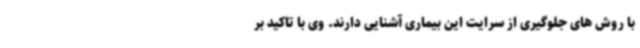
با روش های جلوگیری از سرایت این بیماری آشنایی دارند. وی با تاکید بر